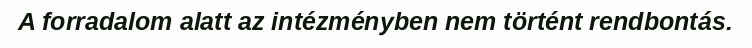
A forradalom alatt az intézményben nem történt rendbontás.